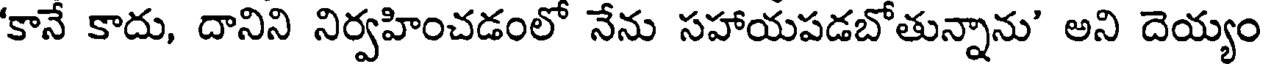
'కానే కాదు, దానిని నిర్వహించడంలో నేను సహాయపడబోతున్నాను' అని దెయ్యం